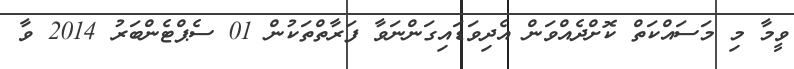
ވީމާ މި މަސައްކަތް ކޮށްދެއްވަން އެދިވަޑައިގަންނަވާ ފަރާތްތަކުން 01 ސެޕްޓެންބަރު 2014 ވާ